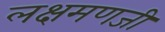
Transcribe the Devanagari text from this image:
लक्षमणजी